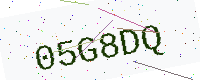
Text: 05G8DQ